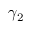
\gamma _ { 2 }